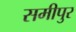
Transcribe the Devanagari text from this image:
समीपुर